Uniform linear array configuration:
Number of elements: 48
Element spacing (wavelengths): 0.25
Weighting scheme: binomial
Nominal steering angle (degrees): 15
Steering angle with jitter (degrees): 13.748
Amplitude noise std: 0.05
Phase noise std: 0.05

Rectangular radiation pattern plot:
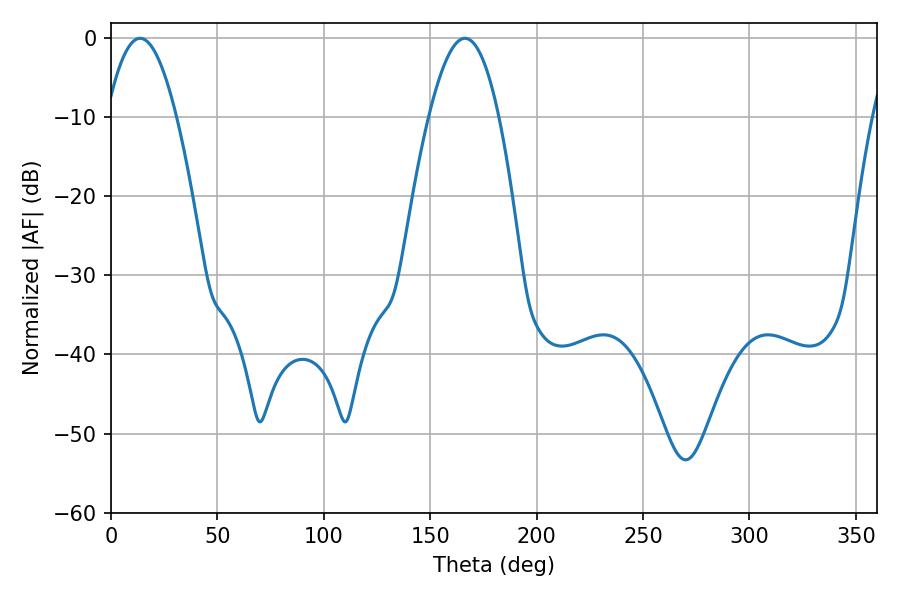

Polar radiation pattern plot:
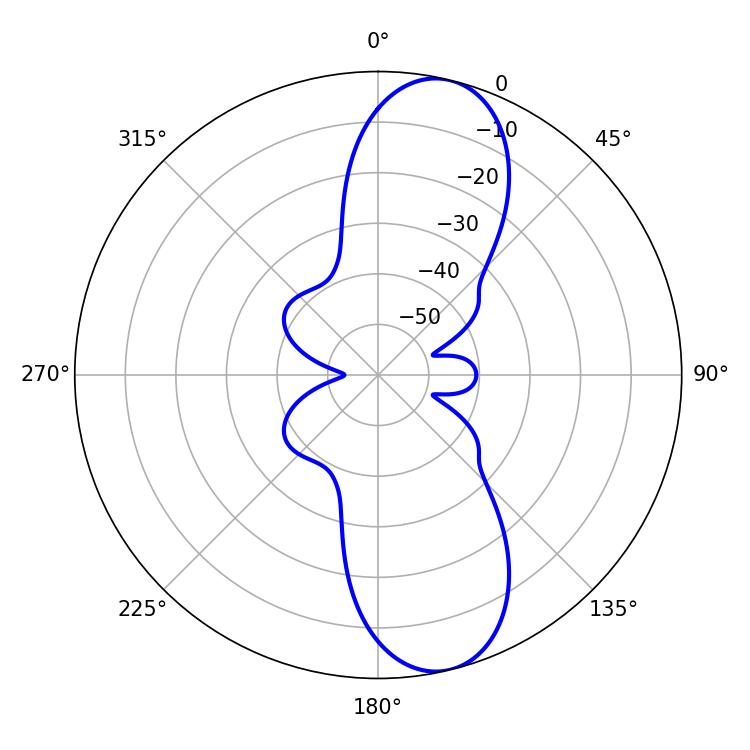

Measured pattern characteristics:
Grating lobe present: FALSE
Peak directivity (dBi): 10.908
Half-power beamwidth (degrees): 18
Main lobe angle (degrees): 13.68